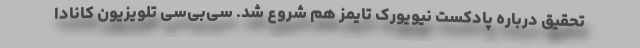
تحقیق درباره پادکست نیویورک تایمز هم شروع شد. سی‌بی‌سی تلویزیون کانادا